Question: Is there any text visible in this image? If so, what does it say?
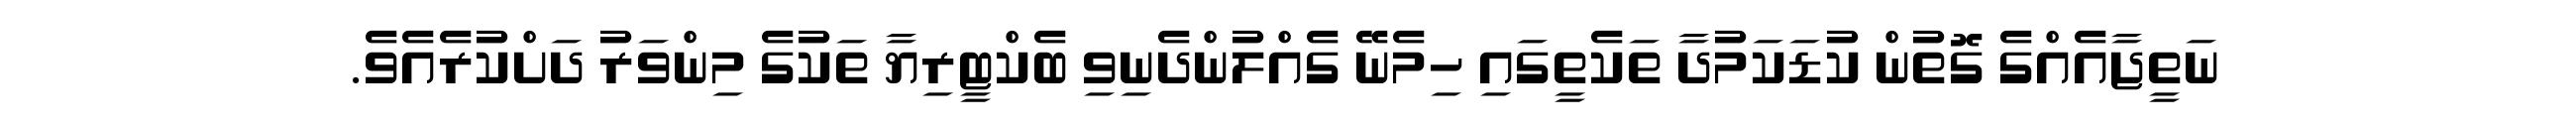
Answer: ނަތީޖާއެއްގެ ގޮތުން ކުޑަކަމުދާ ތަކެތީގައި ހިމެނޭ ގެއްލުންދެނިވި ބެކްޓީރިޔާ ތަކުގެ މިންވަރު ދަށްކުރެއެވެ.